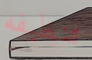
تنظيفه